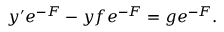
y ^ { \prime } e ^ { - F } - y f e ^ { - F } = g e ^ { - F } .